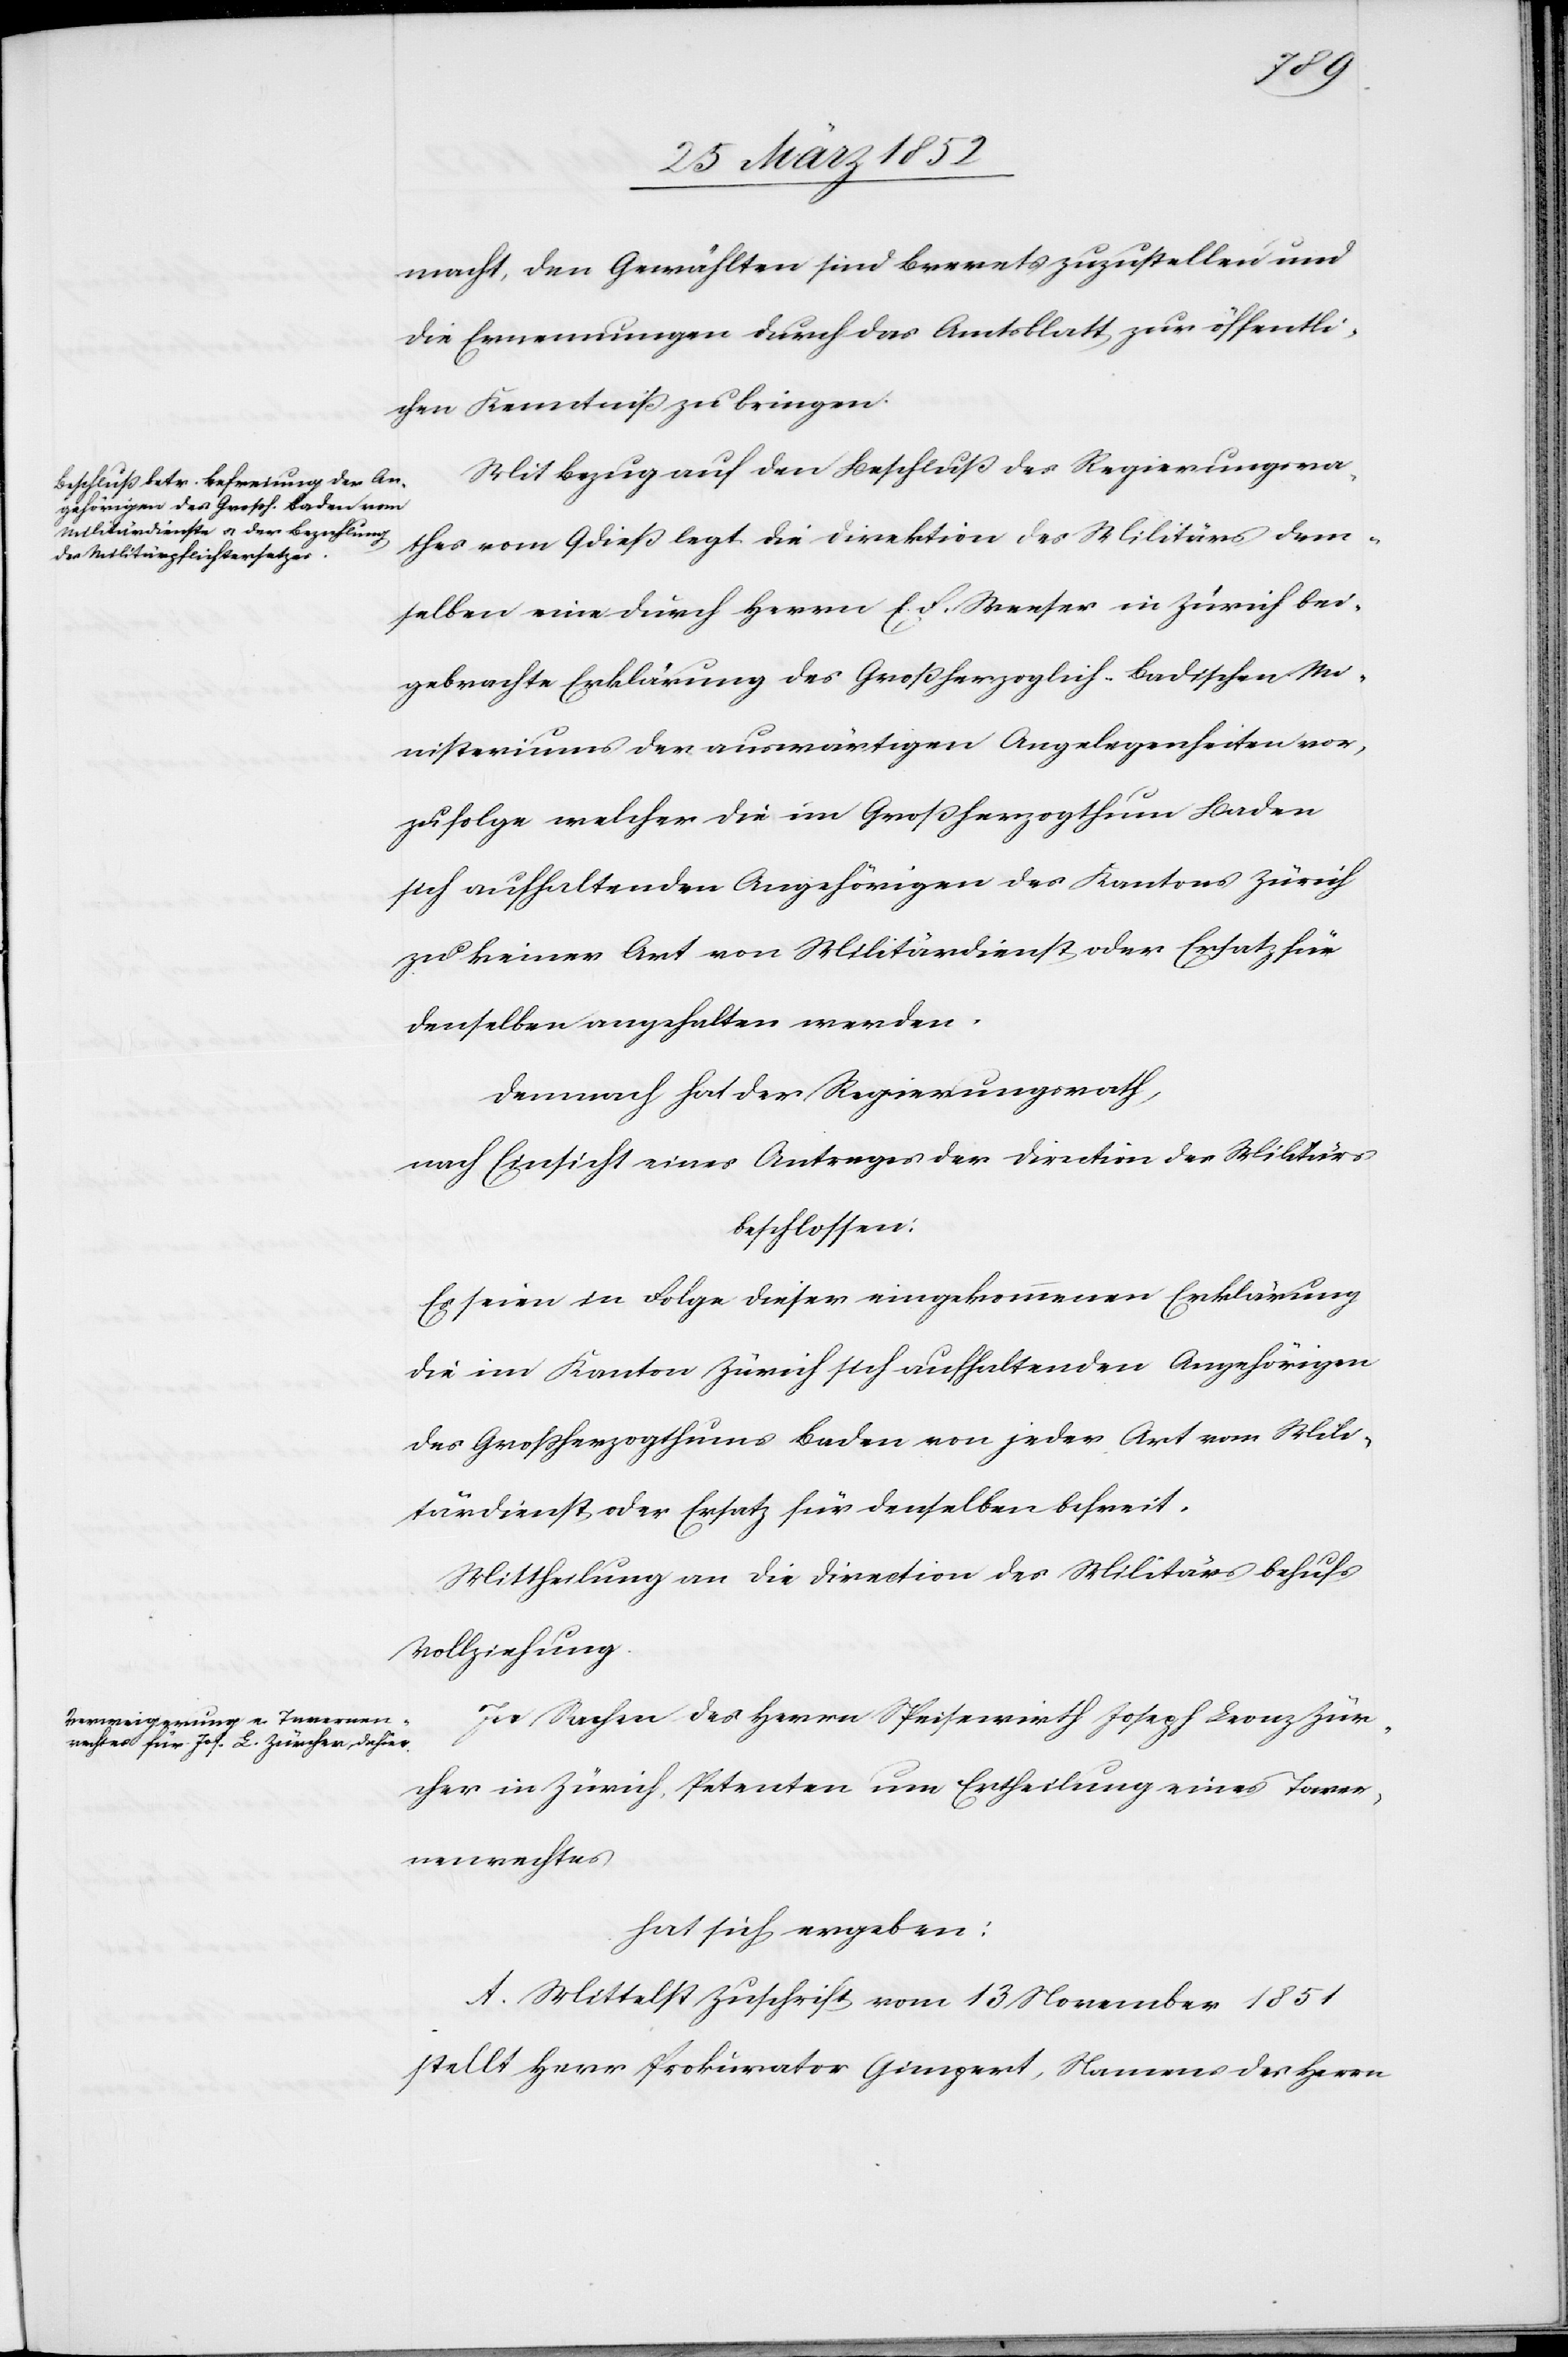
macht, den Gewählten sind Brevets zuzustellen und
die Ernennungen durch das Amtsblatt zur öffentli¬
chen Kenntniß zu bringen.
Mit Bezug auf den Beschluß des Regierungsra¬
thes vom 9 dieß legt die Direktion des Militärs dem¬
selben eine durch Herrn Ed. Weeser in Zürich bei¬
gebrachte Erklärung des Großherzoglich-Badischen Mi¬
nisteriums der auswärtigen Angelegenheiten vor,
zufolge welcher die im Großherzogthum Baden
sich aufhaltenden Angehörigen des Kantons Zürich
zu keiner Art von Militärdienst oder Ersatz für
denselben angehalten werden.
Demnach hat der Regierungsrath,
nach Einsicht eines Antrages der Direction des Militärs
beschlossen:
Es seien in Folge dieser eingekommenen Erklärung
die im Kanton Zürich sich aufhaltenden Angehörigen
des Großherzogthums Baden von jeder Art von Mili¬
tärdienst oder Ersatz für denselben befreit.
Mittheilung an die Direction des Militärs behufs
Vollziehung.
In Sachen des Herrn Speisewirth Joseph Leonz Zür¬
cher in Zürich, Petenten um Ertheilung eines Taver¬
nenrechtes
hat sich ergeben:
A. Mittelst Zuschrift vom 13 November 1851
stellt Herr Prokurator Gimpert, Namens des Herrn